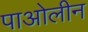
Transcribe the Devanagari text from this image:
पाओलीन